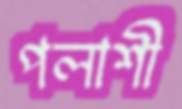
পলাশী